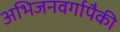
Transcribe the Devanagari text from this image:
अभिजनवर्गापैकी